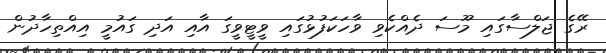
ރޭގެ ޖަލްސާގައި މޫސަ ދެއްކެވި ވާހަކަފުޅުގައި ވީޓީވީގަ އާއި އަދި ގައުމީ އިއްތިހާދުން